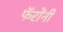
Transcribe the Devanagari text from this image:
फॅरोंनी